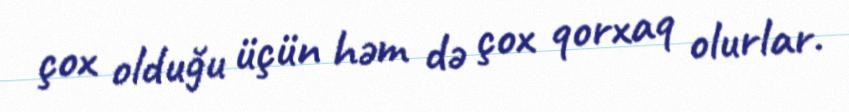
çox olduğu üçün həm də çox qorxaq olurlar.